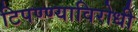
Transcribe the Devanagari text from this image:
टिपण्ण्याविरोधी